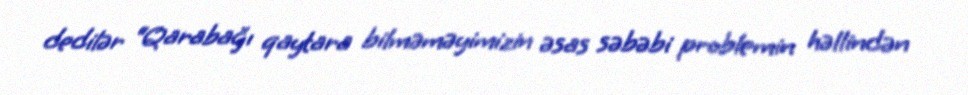
dedilər “Qarabağı qaytara bilməməyimizin əsas səbəbi problemin həllindən